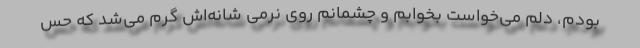
بودم، دلم می‌خواست بخوابم و چشمانم روی نرمی شانه‌اش گرم می‌شد که حس